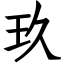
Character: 玖